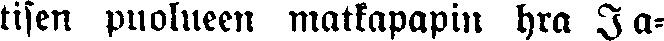
tisen puolueen matkapapin hra Ja-